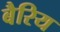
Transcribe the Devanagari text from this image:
बैरिय